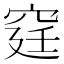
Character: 𥥶